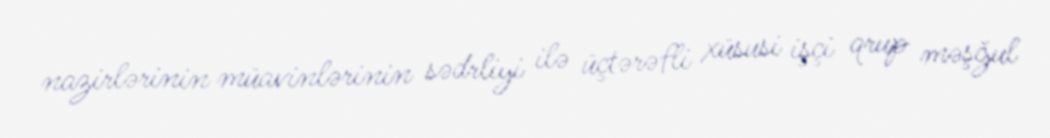
nazirlərinin müavinlərinin sədrliyi ilə üçtərəfli xüsusi işçi qrup məşğul